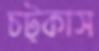
চট্‌কাস